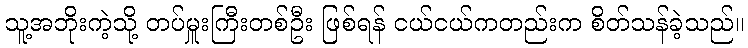
သူ့အဘိုးကဲ့သို့ တပ်မှူးကြီးတစ်ဦး ဖြစ်ရန် ငယ်ငယ်ကတည်းက စိတ်သန်ခဲ့သည်။